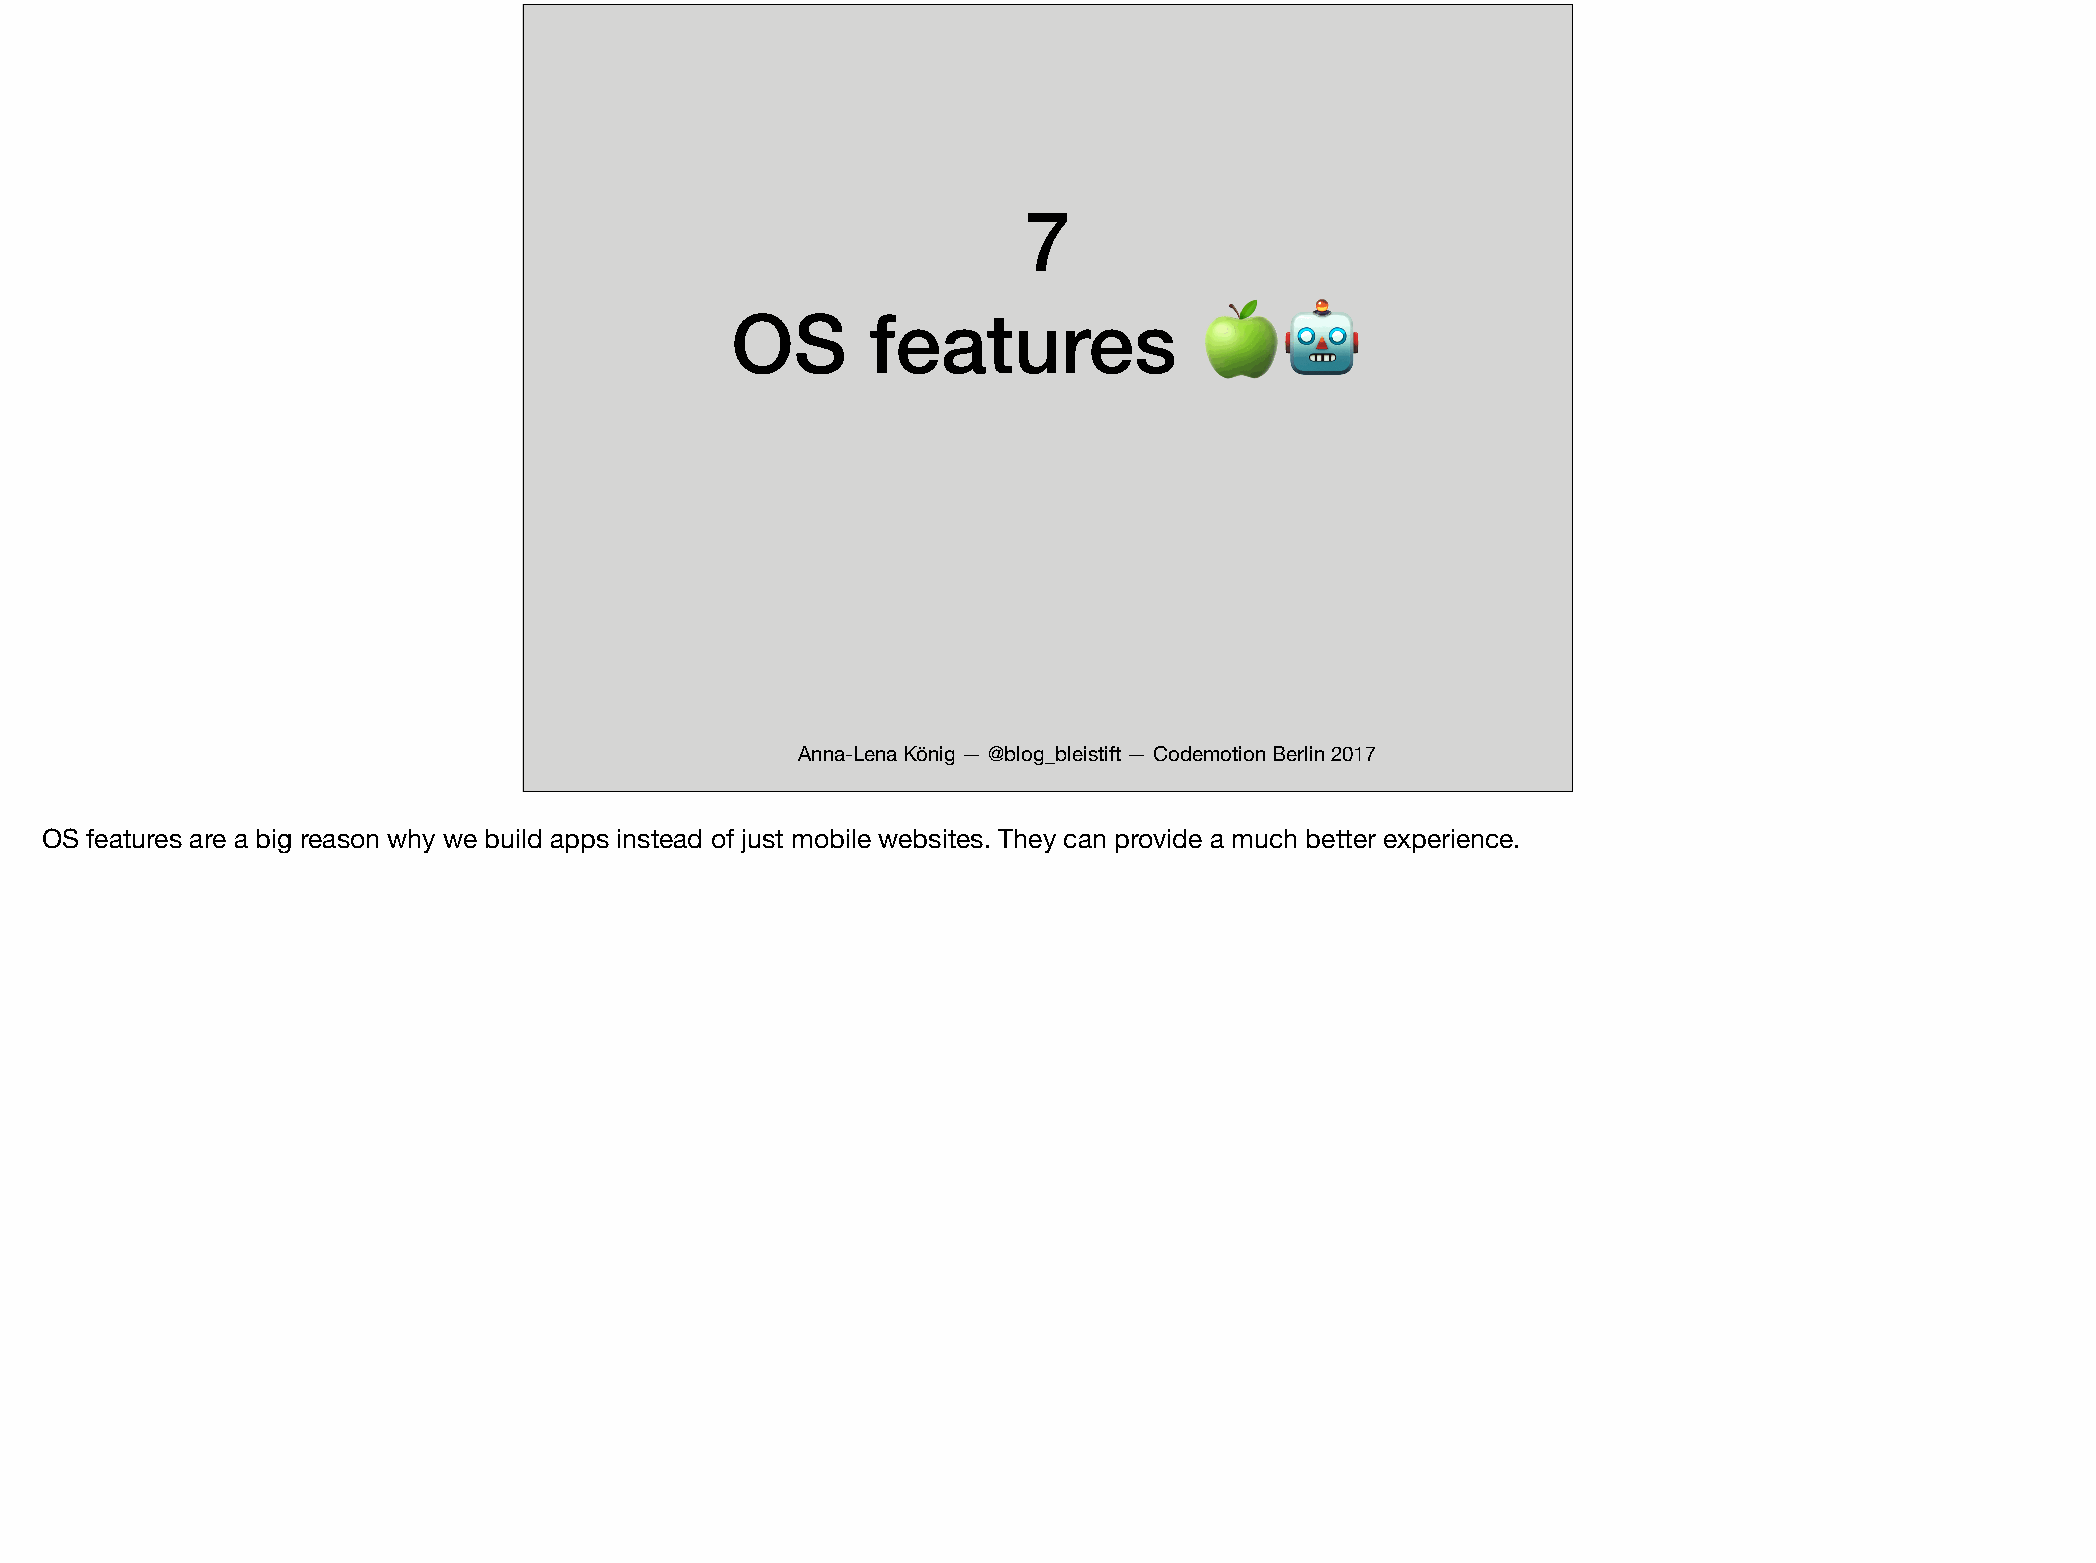
7
 OS       features
 🍏🤖
 Anna-Lena König — @blog_bleistift — Codemotion Berlin 2017
 OS features are a big reason why we build apps instead of just mobile websites. They can provide a much better experience.